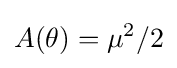
A(\theta )=\mu ^{2}/2